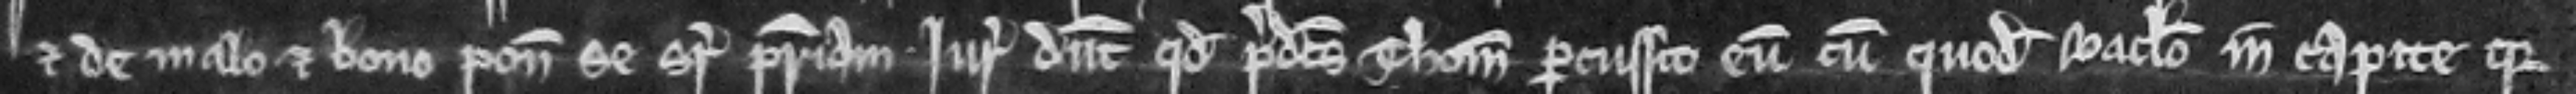
et de malo et bono ponit se super patriam. Juratores dicunt quod predictus Thomas percussit eum cum quodam baculo in capite quia